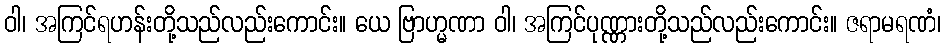
ဝါ၊ အကြင်ရဟန်းတို့သည်လည်းကောင်း။ ယေ ဗြာဟ္မဏာ ဝါ၊ အကြင်ပုဏ္ဏားတို့သည်လည်းကောင်း။ ဇရာမရဏံ၊